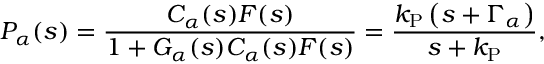
P _ { \alpha } ( s ) = \frac { C _ { \alpha } ( s ) F ( s ) } { 1 + G _ { \alpha } ( s ) C _ { \alpha } ( s ) F ( s ) } = \frac { k _ { \mathrm { P } } \left( s + \Gamma _ { \alpha } \right) } { s + k _ { \mathrm { P } } } ,